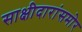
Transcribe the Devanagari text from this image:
साक्षीदारांसमोर